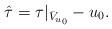
LaTeX: \begin{align*}\hat{\tau} = \tau|_{\bar{V}_{u_0}} - u_0.\end{align*}